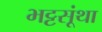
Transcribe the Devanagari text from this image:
भट्टसूंथा